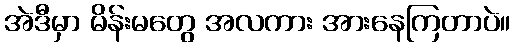
အဲဒီမှာ မိန်းမတွေ အလကား အားနေကြတာပဲ။